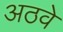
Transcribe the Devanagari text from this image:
अठवे